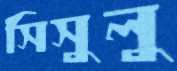
সিসুলু